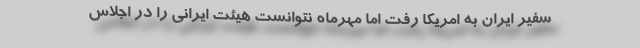
سفیر ایران به امریکا رفت اما مهرماه نتوانست هیئت ایرانی را در اجلاس